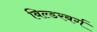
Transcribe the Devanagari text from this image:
बिल्डरबर्ग